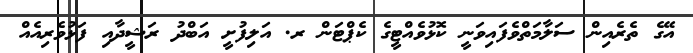
އޭގެ ތެރެއިން ސަލާމަތްވެފައިވަނީ ކޮޅުވެއްޓީގެ ކެޕްޓަން ރ. އަލިފުށީ އަބްދު ރަޝީދާއި ފަޅުވެރިއެއް